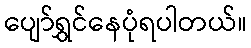
ပျော်ရွှင်နေပုံရပါတယ်။